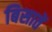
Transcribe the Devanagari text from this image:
बिसातें